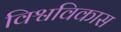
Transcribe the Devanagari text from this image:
विश्वविकास